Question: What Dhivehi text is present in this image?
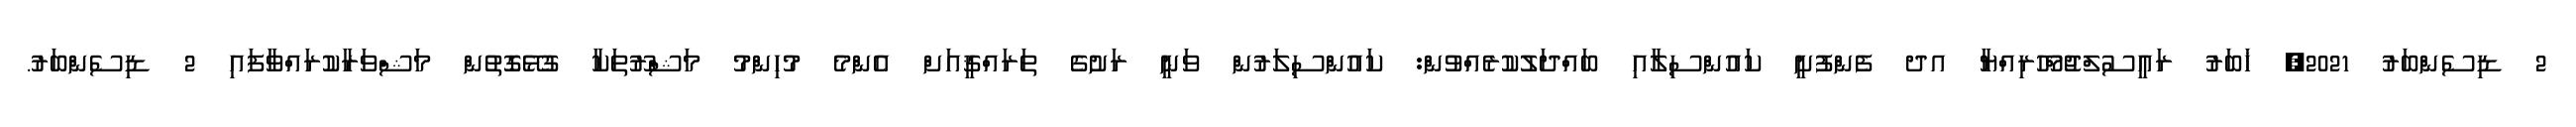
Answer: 2 ޑިސެންބަރު 2021, ޚަބަރު ރައީސުލްޖުމްހޫރިއްޔާ އދ ފެންފުށީ ކައުންސިލާއި ބައްދަލުކުރެއްވުން: ކައުންސިލަރުން ވަނީ ރަށުގެ ތަރައްޤީއަށް އެންމެ މުހިންމު މަޝްރޫތަކާ ގުޅޭގޮތުން މަޝްވަރާކުރައްވާފައި 2 ޑިސެންބަރު.